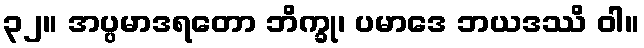
၃၂။ အပ္ပမာဒရတော ဘိက္ခု၊ ပမာဒေ ဘယဒဿိ ဝါ။